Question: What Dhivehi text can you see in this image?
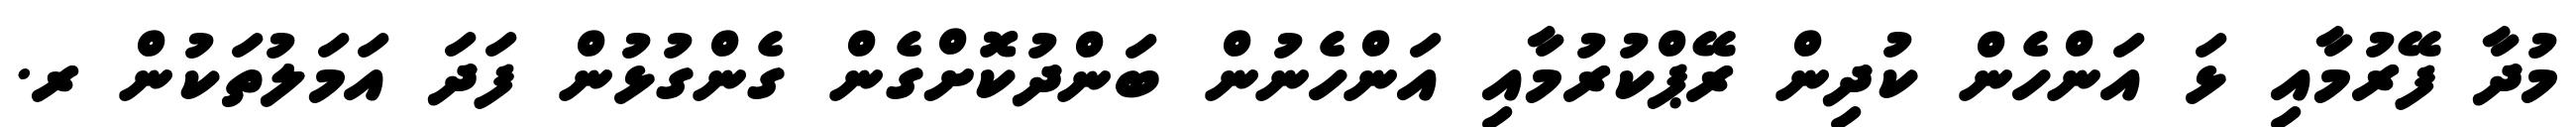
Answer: މުދާ ފޭރުމާއި ޅަ އަންހެން ކުދިން ރޭޕްކުރުމާއި އަންހެނުން ބަންދުކޮށްގެން ގެންގުޅުން ފަދަ އަމަލުތަކުން ރ.